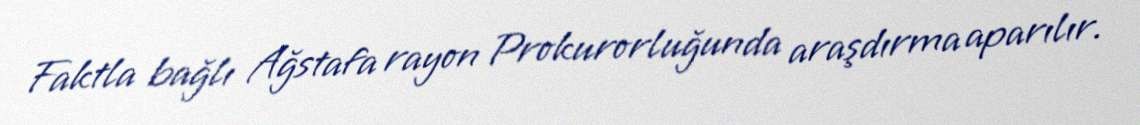
Faktla bağlı Ağstafa rayon Prokurorluğunda araşdırma aparılır.